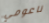
ناعومي